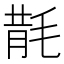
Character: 𣮠